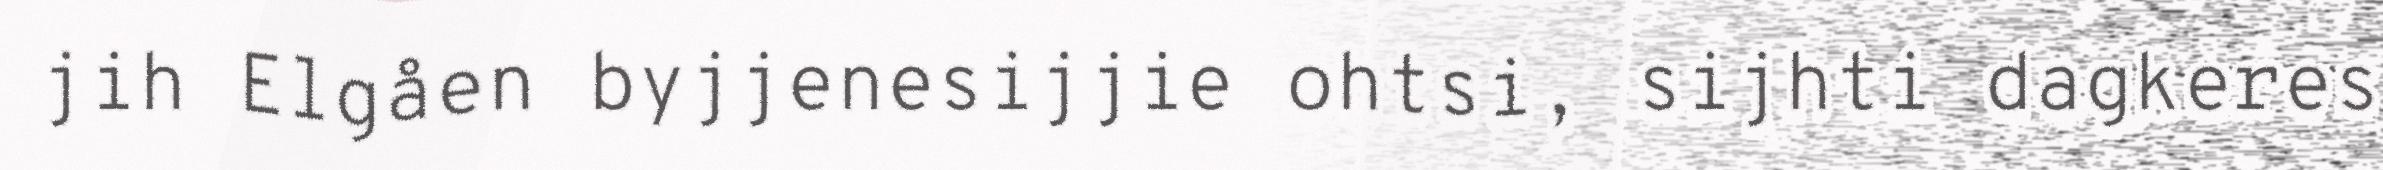
jih Elgåen byjjenesijjie ohtsi, sijhti dagkeres